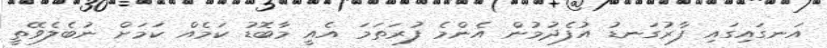
އަނގައިގައި ފާރުގަނޑު އުފެދުމުން އެންމެ ފުރަތަމަ އެއީ މާބޮޑު ކަމެއް ކަމަށް ނުބެލެވޭތީ